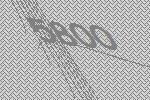
5800